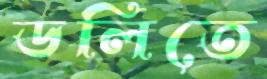
ডলিতে